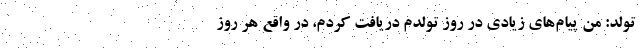
تولد: من پیام‌های زیادی در روز تولدم دریافت کردم، در واقع هر روز